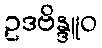
ဥဒဗိန္ဒူဝ